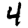
Digit: 4